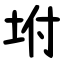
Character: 坿